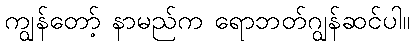
ကျွန်တော့် နာမည်က ရောဘတ်ဂျွန်ဆင်ပါ။